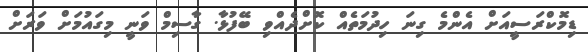
ޑިމޮކްރަސީއަށް އެންމެ ގިނަ ހިދުމަތެއް ކޮށްދެއްވި ބޭފުޅާ. ގާސިމް ވަނީ މިގައުމަށް ވަރަށް